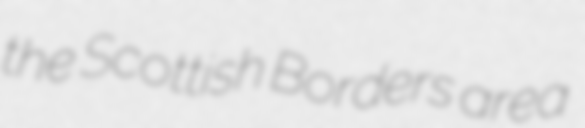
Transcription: the Scottish Borders area